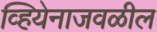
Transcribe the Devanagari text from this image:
व्हियेनाजवळील